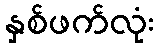
နှစ်ဖက်လုံး